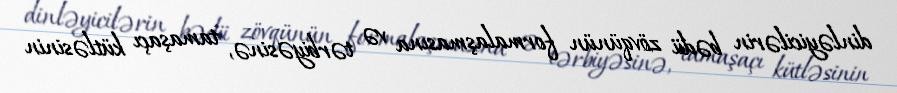
dinləyicilərin bədii zövqünün formalaşmasına və tərbiyəsinə, tamaşaçı kütləsinin